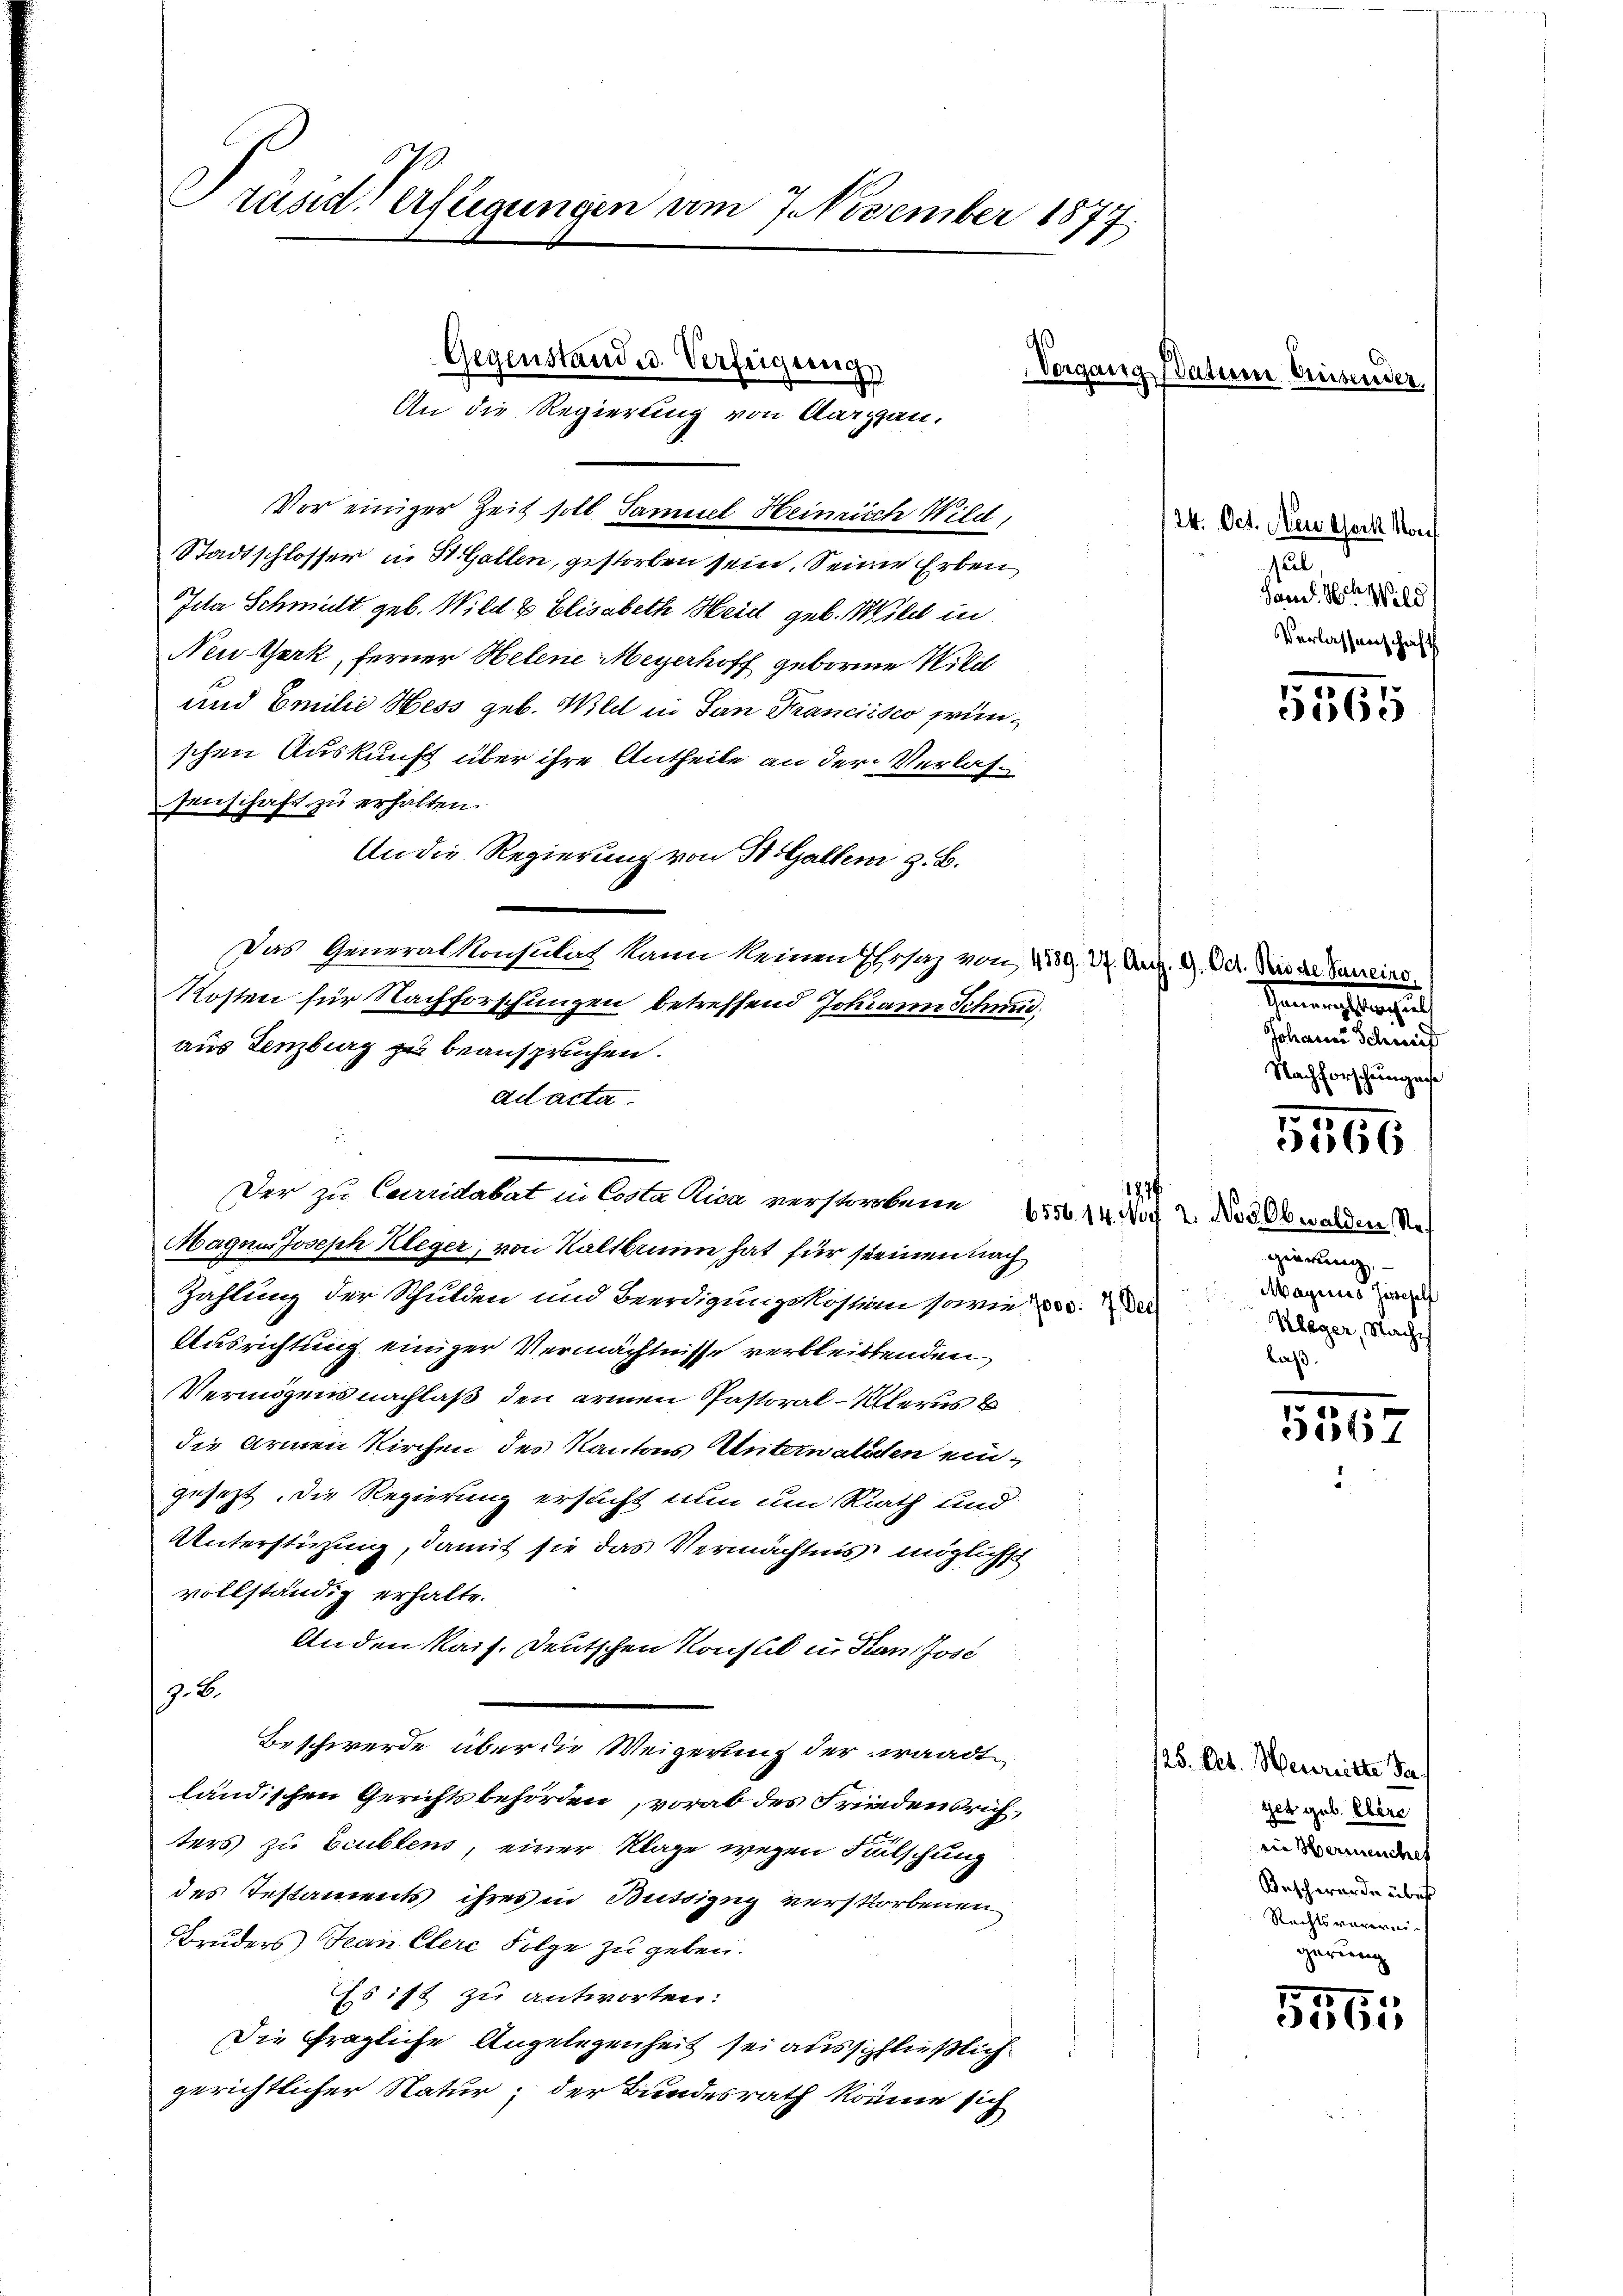
räsid. Verfügungen am 7. November 1877;

Gegenstand u. Verfeigeng
An die Regierung von Aargau.

Vor einiger Zeit soll Samuel Heinrich Wild
Stadtschlosser in St. Gallen, gestorben sein. Seine Erben
Jeta Schmut geb. Wild & Elisabeth Heid geb. Will in
New-York, ferner Helene Meyerhoff geborene Wild
und Emilie Hess geb. Wild in San Francisco frünschen Auskunft über ihre Antheile an der Verlassenschaft zu erhalten.
An die Regierung von St. Gallem z. B.
Das Generalkonsulatz kann keinen Ehrsaz von 1539. Dr. Art. 9. Oct. Die de Zuneins
Kosten für Nachforschungen betreffend Johann Schmid
aus Lenzburg zu beanspruchen.
ad acta.
Magnus Joseph Kleger, von Kaltbrunn hat für seinen nach
Zahlung der Schulden und Beerdigungskostion sowie er der Wege dad
Ausrichtung einiger Vermächtnisse verbleibtenden
Vermögens nachlaß den armen Pastoral-Allerus b
die Armen Kirchen des Kantons Unterwalden eingesezt, die Regierung ersucht nun um Rath und
Unterstüzung, damit sie das Vermächtnis möglichs
vollständig erhalte.
Anden Kais. Deutschen Konsul in Hans Jose
z. B.
Beschwerde über die Weigerung der waadt
ländischen Gerichtsbehörden, vorab des Friedensrichters zu beublens, einer Klage wegen Fälschung
des Testaments ihres in Butsizng verstorbenen
Bruders Jean Clere Folge zu geben.
Es ist zu antworten:
Die fragliche Angelegenheit sei ausschließlich
gerichtlicher Natur; der Bundesrath könne sich

Der zu Carridabat in Costa Rica verstorbene 6556. 14. No. 2. No 5 Obwalden Ne

Vorgang Batum einsender

24. Oct. Neu Werk Kouf
Puel
Sand der Wild
Verlassenschieht

Sanen beschei
Johann Schweif
Nachforschungese

1
gierung
Magnies Zertehilf
kaß.

5565

5466

5367

125. Okt. Meuriitte der
get geb. Elère
in Hermeuches
Beschwerde über
Rechtsverereigerung

556